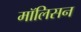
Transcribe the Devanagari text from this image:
मॉलिसन